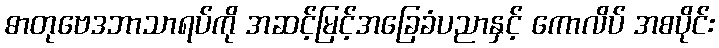
ဓာတုဗေဒဘာသာရပ်ကို အဆင့်မြင့်အခြေခံပညာနှင့် ကောလိပ် အစပိုင်း